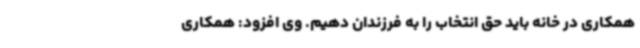
همکاری در خانه باید حق انتخاب را به فرزندان دهیم. وی افزود: همکاری